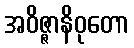
အဝိဇ္ဇာနိဝုတော